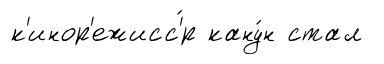
к'инор'ежисс'́р кану́н стал